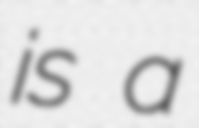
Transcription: is a